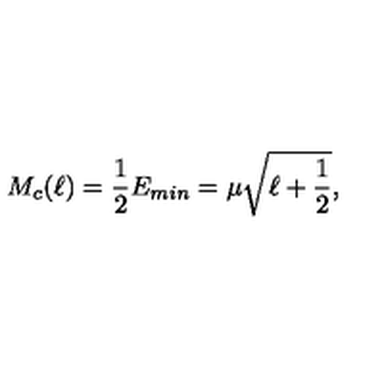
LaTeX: M _ { c } ( \ell ) = \frac { 1 } { 2 } E _ { m i n } = \mu \sqrt { \ell + \frac { 1 } { 2 } } ,